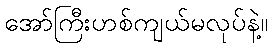
အော်ကြီးဟစ်ကျယ်မလုပ်နဲ့။